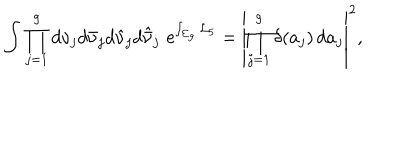
LaTeX: \int \prod _ { j = 1 } ^ { g } d \nu _ { j } d \bar { \nu } _ { j } d \hat { \nu } _ { j } d \hat { \bar { \nu } } _ { j } \, \, \mathrm { e } ^ { \int _ { \Sigma _ { g } } { \cal L } _ { 5 } } = \left| \prod _ { j = 1 } ^ { g } \delta ( a _ { j } ) \, d a _ { j } \right| ^ { 2 } ,